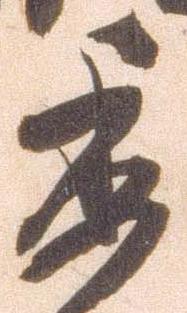
委